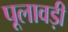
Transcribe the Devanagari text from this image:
पूलावड़ी